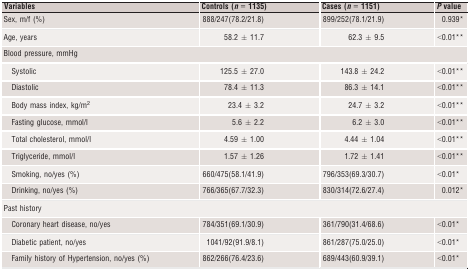
<table><thead><tr><td><b>Variables</b></td><td><b>Controls (<i>n</i> = 1135)</b></td><td><b>Cases (<i>n</i> = 1151)</b></td><td><b><i>P</i> value</b></td></tr></thead><tbody><tr><td>Sex, m/f (%)</td><td>888/247(78.2/21.8)</td><td>899/252(78.1/21.9)</td><td>0.939a</td></tr><tr><td>Age, years</td><td>58.2 ± 11.7</td><td>62.3 ± 9.5</td><td>&lt;0.01b</td></tr><tr><td colspan="4">Blood pressure, mmHg</td></tr><tr><td>Systolic</td><td>125.5 ± 27.0</td><td>143.8 ± 24.2</td><td>&lt;0.01b</td></tr><tr><td>Diastolic</td><td>78.4 ± 11.3</td><td>86.3 ± 14.1</td><td>&lt;0.01b</td></tr><tr><td>Body mass index, kg/m<sup>2</sup></td><td>23.4 ± 3.2</td><td>24.7 ± 3.2</td><td>&lt;0.01b</td></tr><tr><td>Fasting glucose, mmol/l</td><td>5.6 ± 2.2</td><td>6.2 ± 3.0</td><td>&lt;0.01b</td></tr><tr><td>Total cholesterol, mmol/l</td><td>4.59 ± 1.00</td><td>4.44 ± 1.04</td><td>&lt;0.01b</td></tr><tr><td>Triglyceride, mmol/l</td><td>1.57 ± 1.26</td><td>1.72 ± 1.41</td><td>&lt;0.01b</td></tr><tr><td>Smoking, no/yes (%)</td><td>660/475(58.1/41.9)</td><td>796/353(69.3/30.7)</td><td>&lt;0.01a</td></tr><tr><td>Drinking, no/yes (%)</td><td>766/365(67.7/32.3)</td><td>830/314(72.6/27.4)</td><td>0.012a</td></tr><tr><td colspan="4">Past history</td></tr><tr><td>Coronary heart disease, no/yes</td><td>784/351(69.1/30.9)</td><td>361/790(31.4/68.6)</td><td>&lt;0.01a</td></tr><tr><td>Diabetic patient, no/yes</td><td>1041/92(91.9/8.1)</td><td>861/287(75.0/25.0)</td><td>&lt;0.01a</td></tr><tr><td>Family history of Hypertension, no/yes (%)</td><td>862/266(76.4/23.6)</td><td>689/443(60.9/39.1)</td><td>&lt;0.01a</td></tr></tbody></table>